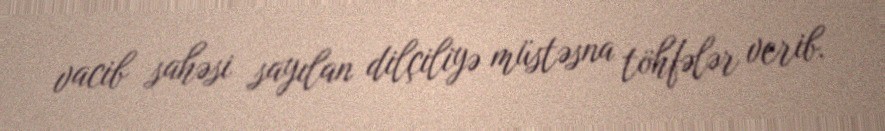
vacib sahəsi sayılan dilçiliyə müstəsna töhfələr verib.